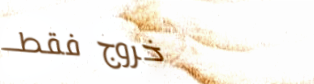
خروج فقط